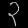
Digit: ၃